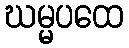
ဃမ္မပထေ